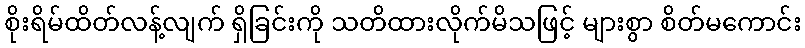
စိုးရိမ်ထိတ်လန့်လျက် ရှိခြင်းကို သတိထားလိုက်မိသဖြင့် များစွာ စိတ်မကောင်း